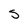
Character: s